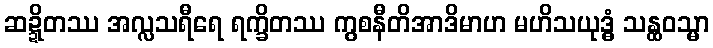
ဆဍ္ဍိတဿ အလ္လသရီရေ ရက္ခိတဿ ကွစနီတိအာဒိမာဟ မဟိသယုဒ္ဓံ သန္ထဝသ္မာ